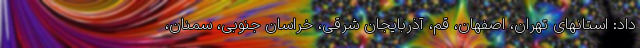
داد: استانهای تهران، اصفهان، قم، آذربایجان شرقی، خراسان جنوبی، سمنان،